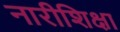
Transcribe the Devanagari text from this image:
नारीशिक्षा